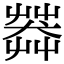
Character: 𦷶